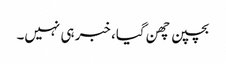
بچپن چھن گیا، خبر ہی نہیں۔